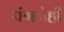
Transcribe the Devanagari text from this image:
यंगनेही